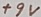
Text: +9V